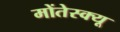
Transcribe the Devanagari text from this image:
मोंतेस्क्यू